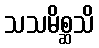
သသမိစ္ဆသိ